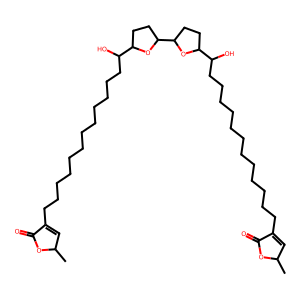
SMILES: CC1C=C(CCCCCCCCCCCCC(O)C2CCC(C3CCC(C(O)CCCCCCCCCCCCC4=CC(C)OC4=O)O3)O2)C(=O)O1
Inhibits HIV replication: No